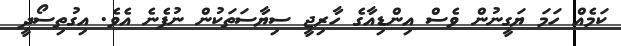
ކަމެއް ހަމަ ޔަގީނުން ވެސް އިންޑިއާގެ ހާރިޖީ ސިޔާސަތަކުން ނުފެނެ އެވެ. އިގުތިސޯދީ